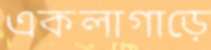
একলাগাড়ে